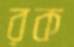
রক